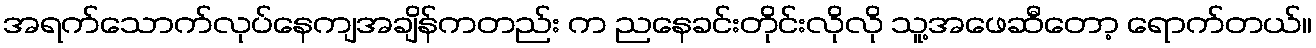
အရက်သောက်လုပ်နေကျအချိန်ကတည်း က ညနေခင်းတိုင်းလိုလို သူ့အဖေဆီတော့ ရောက်တယ်။